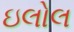
ઇલોલ